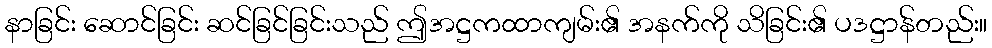
နာခြင်း ဆောင်ခြင်း ဆင်ခြင်ခြင်းသည် ဤအဋ္ဌကထာကျမ်း၏ အနက်ကို သိခြင်း၏ ပဒဋ္ဌာန်တည်း။